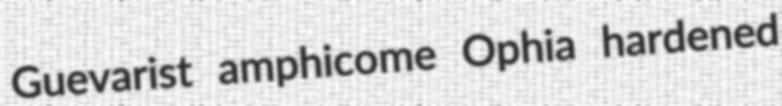
Guevarist amphicome Ophia hardened